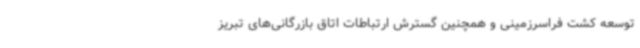
توسعه کشت فراسرزمینی و همچنین گسترش ارتباطات اتاق بازرگانی‌های تبریز